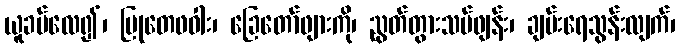
ယူခပ်လေ၍၊ မြုတေဖဝါး၊ ခြေတော်ဖျားကို၊ ညွတ်တွားသပ်ဖျန်း၊ ချမ်းရေသွန်းလျက်၊